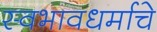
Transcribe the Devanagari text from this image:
स्वभावधर्माचे